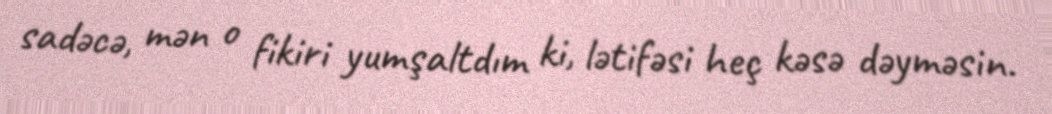
sadəcə, mən o fikiri yumşaltdım ki, lətifəsi heç kəsə dəyməsin.